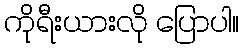
ကိုရီးယားလို ပြောပါ။